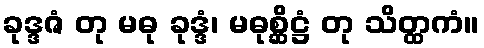
ခုဒ္ဒဇံ တု မဓု ခုဒ္ဒံ၊ မဓုစ္ဆိဋ္ဌံ တု သိတ္ထကံ။